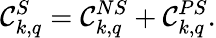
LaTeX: {\cal C}_{k,q}^{S}={\cal C}_{k,q}^{NS}+{\cal C}_{k,q}^{PS}.